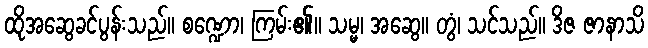
ထိုအဆွေခင်ပွန်းသည်။ စဏ္ဍော၊ ကြမ်း၏။ သမ္မ၊ အဆွေ။ တွံ၊ သင်သည်။ ဒိဇ ဇာနာသိ